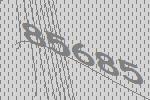
85685